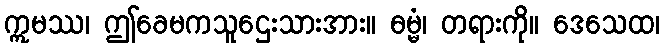
ဣမဿ၊ ဤခေမကသူဌေးသားအား။ ဓမ္မံ၊ တရားကို။ ဒေသေထ၊